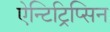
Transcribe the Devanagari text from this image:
ऐन्टिट्रिप्सिन